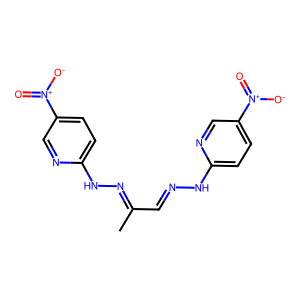
SMILES: CC(C=NNc1ccc([N+](=O)[O-])cn1)=NNc1ccc([N+](=O)[O-])cn1
Inhibits HIV replication: No